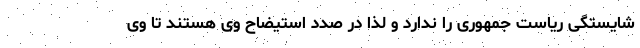
شایستگی ریاست جمهوری را ندارد و لذا در صدد استیضاح وی هستند تا وی